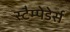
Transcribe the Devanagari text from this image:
स्टैम्पेडेर्स